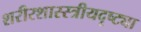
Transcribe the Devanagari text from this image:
शरीरशास्स्त्रीयदृष्ट्या